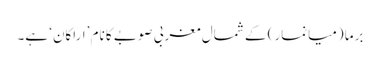
برما (میانمار) کے شمال مغربی صوبے کا نام ’اراکان‘ ہے۔